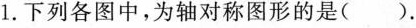
1.下列各图中，为轴对称图形的是 ( ).